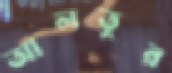
আলতুর